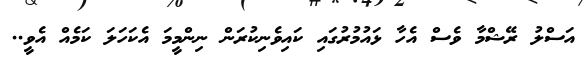
އަސްލު ރޭޝްމާ ވެސް އެހާ ޅައުމުރުގައި ކައިވެނިކުރަން ނިންމީމަ އެކަހަލަ ކަމެއް އެވީ..